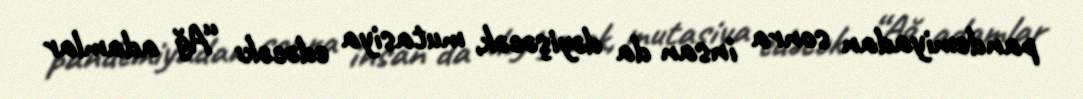
pandemiyadan sonra insan da dəyişəcək, mutasiya edəcək: “Ağ adamlar